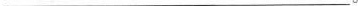
___。